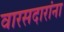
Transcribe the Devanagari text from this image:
वारसदारांना